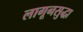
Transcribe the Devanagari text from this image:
लागूनसुद्धा